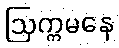
ဩက္ကမနေ